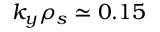
k _ { y } \rho _ { s } \simeq 0 . 1 5